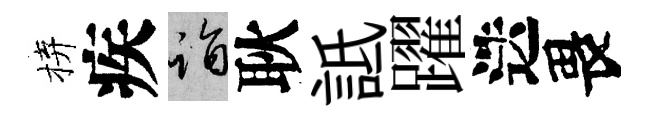
拚疾诣耿詆躍迭畏